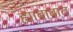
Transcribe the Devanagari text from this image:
ह्याबाबात